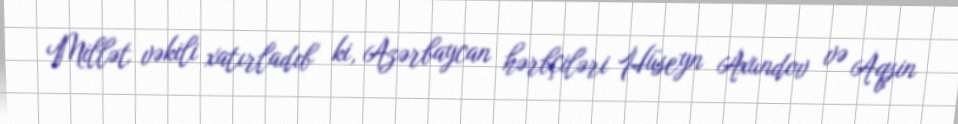
Millət vəkili xatırladıb ki, Azərbaycan hərbçiləri Hüseyn Axundov və Aqşin